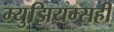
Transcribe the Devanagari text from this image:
म्युझियम्सही